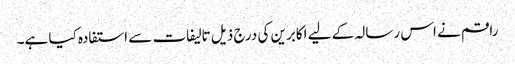
راقم نے اس رسالہ کے لیے اکابرین کی درج ذیل تالیفات سے استفادہ کیا ہے۔